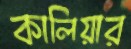
কালিয়ার